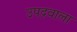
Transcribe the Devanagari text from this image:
उपद्रवाला